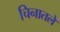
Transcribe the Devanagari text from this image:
चिनातले